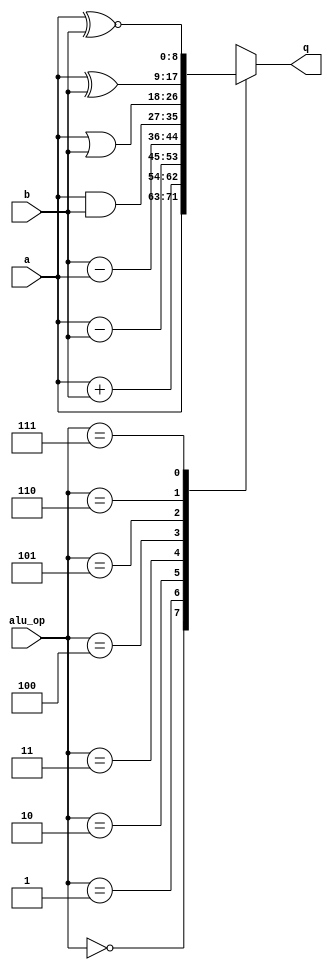
module alu(a, b, alu_op, q);

	// inputs
	input [8:0] a, b;
	input [2:0] alu_op;
	
	// output
	output [8:0] q;
	reg [8:0] q;
	
	// give appropriate alu output(q) when either a, b or alu_op input changes
	always @(a, b, alu_op)
	begin
		case (alu_op)
			3'b000: q = a;
			3'b001: q = a + b;
			3'b010: q = a - b;
			3'b011: q = b - a;
			3'b100: q = a & b; 
			3'b101: q = a | b; 
			3'b110: q = a ^ b; 
			3'b111: q = a ^~ b; 
		endcase
	end
	
endmodule